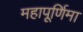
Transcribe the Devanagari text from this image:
महापूर्णिमा